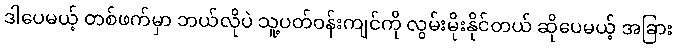
ဒါပေမယ့် တစ်ဖက်မှာ ဘယ်လိုပဲ သူ့ပတ်ဝန်းကျင်ကို လွမ်းမိုးနိုင်တယ် ဆိုပေမယ့် အခြား